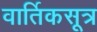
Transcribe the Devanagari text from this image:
वार्तिकसूत्र